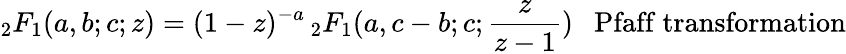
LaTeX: {}_{2}F_{1}(a,b;c;z)=(1-z)^{-a}\, {}_{2}F_{1}(a,c-b;c;{\frac{z}{z-1}})\ \ \ {\mathrm{Pfaff~transformation}}